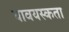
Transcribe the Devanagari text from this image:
यावयस्कता